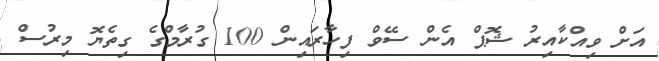
އަށް ވިއްކާއިރު ޝޮޕް އެން ސޭވް ފިހާރައިން 100 ގުރާމްގެ ގިތެޔޮ މިރުސް